Document type: Oath
Year: 1447
Scribe: Pere Figuerola
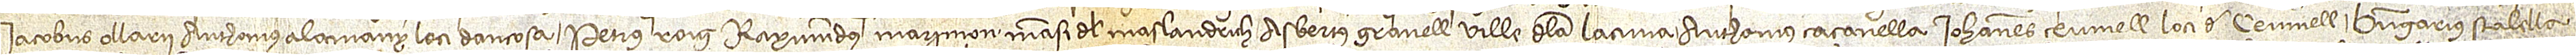
Iacobus Ollarii, Anthonius Alamany, loci d’Ancosa, Petrus Roig, Raymundus Marimon, mansi del Maslandrich, Asbertus Granell, ville de la Lacuna, Anthonius Caçanella, Iohannes Çeumell, loci de Çeumell, Berengarius Stalella,